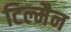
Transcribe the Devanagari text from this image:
टिल्मैन